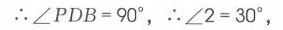
\(\therefore\angle PDB = 90^{\circ}\), \(\therefore\angle 2 = 30^{\circ}\),